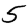
Digit: 5